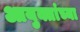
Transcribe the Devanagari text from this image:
आयुक्तांच्या